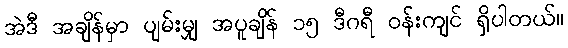
အဲဒီ အချိန်မှာ ပျမ်းမျှ အပူချိန် ၁၅ ဒီဂရီ ဝန်းကျင် ရှိပါတယ်။